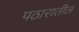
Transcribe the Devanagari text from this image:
पठारातील